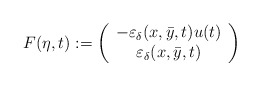
\begin{align*}\begin{aligned}F(\eta,t) & := \left(\begin{array}{c}- \varepsilon_\delta({x},\bar{y},t) u(t) \\\varepsilon_\delta({x},\bar{y},t)\end{array}\right)\end{aligned}\end{align*}